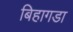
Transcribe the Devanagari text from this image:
बिहागडा